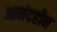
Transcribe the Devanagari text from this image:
आनंदहीन